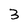
Character: 3